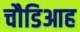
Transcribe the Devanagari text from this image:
चौडिआह